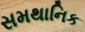
સમથાનિક